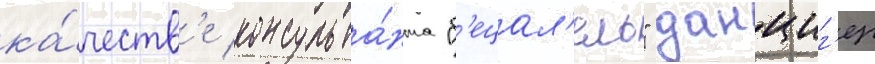
ка́честв'е консульта́нта "б'ецал'ель" данциг'ер